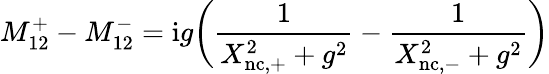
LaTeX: M_{12}^{+}-M_{12}^{-}=\mathrm{i}g\biggl(\frac{1}{X_{\mathrm{nc,+}}^{2}+g^{2}}-\frac{1}{X_{\mathrm{nc,-}}^{2}+g^{2}}\biggr)